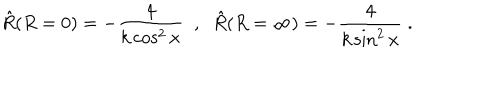
{ \hat { R } } ( R = 0 ) = - { \frac { 4 } { k \cos ^ { 2 } x } } \; \; , \; \; { \hat { R } } ( R = \infty ) = - { \frac { 4 } { k \sin ^ { 2 } x } } \; .